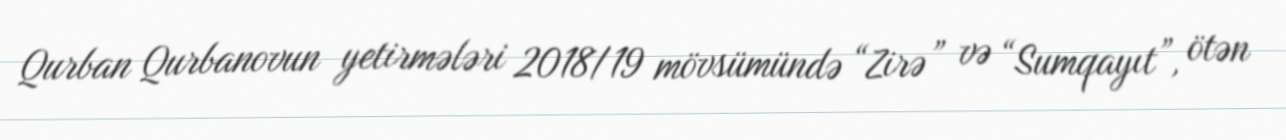
Qurban Qurbanovun yetirmələri 2018/19 mövsümündə “Zirə” və “Sumqayıt”, ötən